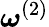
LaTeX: \boldsymbol{\omega}^{(2)}